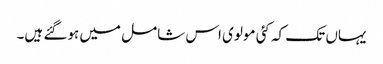
یہاں تک کہ کئی مولوی اس شامل میں ہوگئے ہیں۔